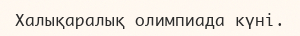
Халықаралық олимпиада күні.